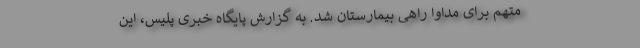
متهم برای مداوا راهی بیمارستان شد. به گزارش پایگاه خبری پلیس، این